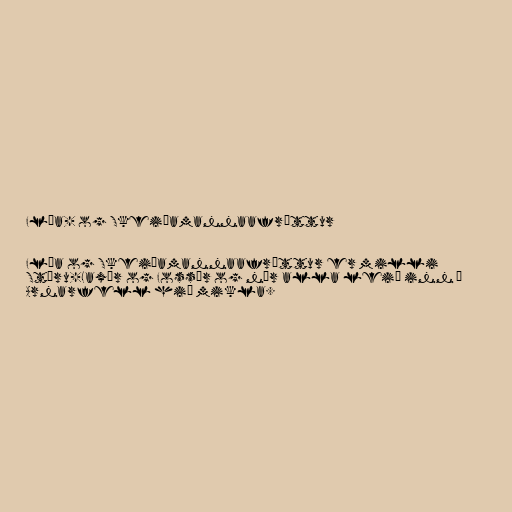
Flóa- og Skeiðamannaafréttur

Flóa og Skeiðamannaafréttur er milli
Stóru-Laxár og Fossár og nær alla leið inn í
Arnarfell hið mikla.